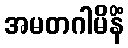
အမတဂါမိနိံ